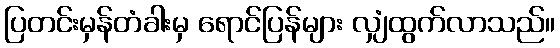
ပြတင်းမှန်တံခါးမှ ရောင်ပြန်များ လျှံထွက်လာသည်။